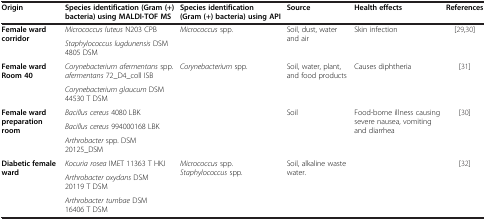
| Origin | Species identification (Gram (+) bacteria) using MALDI-TOF MS | Species identification (Gram (+) bacteria) using API | Source | Health effects | References |
 | --- | --- | --- | --- | --- | --- |
 | <ROWSPAN=2> Female ward corridor | Micrococcus luteus N203 CPB | <ROWSPAN=2> Micrococcus spp. | <ROWSPAN=2> Soil, dust, water and air | <ROWSPAN=2> Skin infection | <ROWSPAN=2> [29,30] |
 | Staphylococcus lugdunensis DSM 4805 DSM |
 | <ROWSPAN=2> Female ward Room 40 | Corynebacterium afermentans spp. afermentans 72_D4_coll ISB | <ROWSPAN=2> Corynebacterium spp. | <ROWSPAN=2> Soil, water, plant, and food products | <ROWSPAN=2> Causes diphtheria | <ROWSPAN=2> [31] |
 | Corynebacterium glaucum DSM 44530 T DSM |
 | <ROWSPAN=3> Female ward preparation room | Bacillus cereus 4080 LBK | <ROWSPAN=3>  | <ROWSPAN=3> Soil | <ROWSPAN=3> Food-borne illness causing severe nausea, vomiting and diarrhea | <ROWSPAN=3> [30] |
 | Bacillus cereus 994000168 LBK |
 | Arthrobacter spp. DSM 20125_DSM |
 | <ROWSPAN=3> Diabetic female ward | Kocuria rosea IMET 11363 T HKJ | <ROWSPAN=3> Micrococcus spp. Staphylococcus spp. | <ROWSPAN=3> Soil, alkaline waste water. | <ROWSPAN=3>  | <ROWSPAN=3> [32] |
 | Arthrobacter oxydans DSM 20119 T DSM |
 | Arthrobacter tumbae DSM 16406 T DSM |